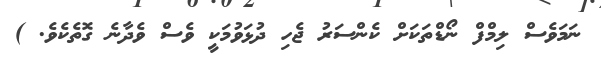
ނަމަވެސް ލިމްފް ނޯޑްތަކަށް ކެންސަރު ޖެހި ދުޅަވުމަކީ ވެސް ވެދާނެ ގޮތެކެވެ. )